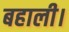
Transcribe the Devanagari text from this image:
बहाली।